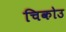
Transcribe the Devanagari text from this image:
चिकोउ